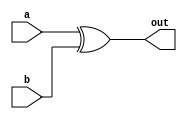
/*
   This file was generated automatically by the Mojo IDE version B1.3.4.
   Do not edit this file directly. Instead edit the original Lucid source.
   This is a temporary file and any changes made to it will be destroyed.
*/

module eightbitxor_8 (
    input [7:0] a,
    input [7:0] b,
    output reg [7:0] out
  );
  
  
  
  always @* begin
    out = a ^ b;
  end
endmodule